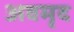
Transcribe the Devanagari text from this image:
अवमृद